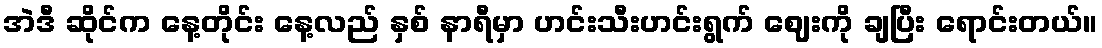
အဲဒီ ဆိုင်က နေ့တိုင်း နေ့လည် နှစ် နာရီမှာ ဟင်းသီးဟင်းရွက် ဈေးကို ချပြီး ရောင်းတယ်။